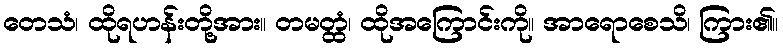
တေသံ၊ ထိုရဟန်းတို့အား။ တမတ္ထံ၊ ထိုအကြောင်းကို။ အာရောစေသိ၊ ကြား၏။